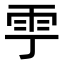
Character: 𩁷